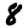
Digit: 8